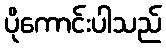
ပိုကောင်းပါသည်